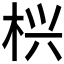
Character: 𱣖